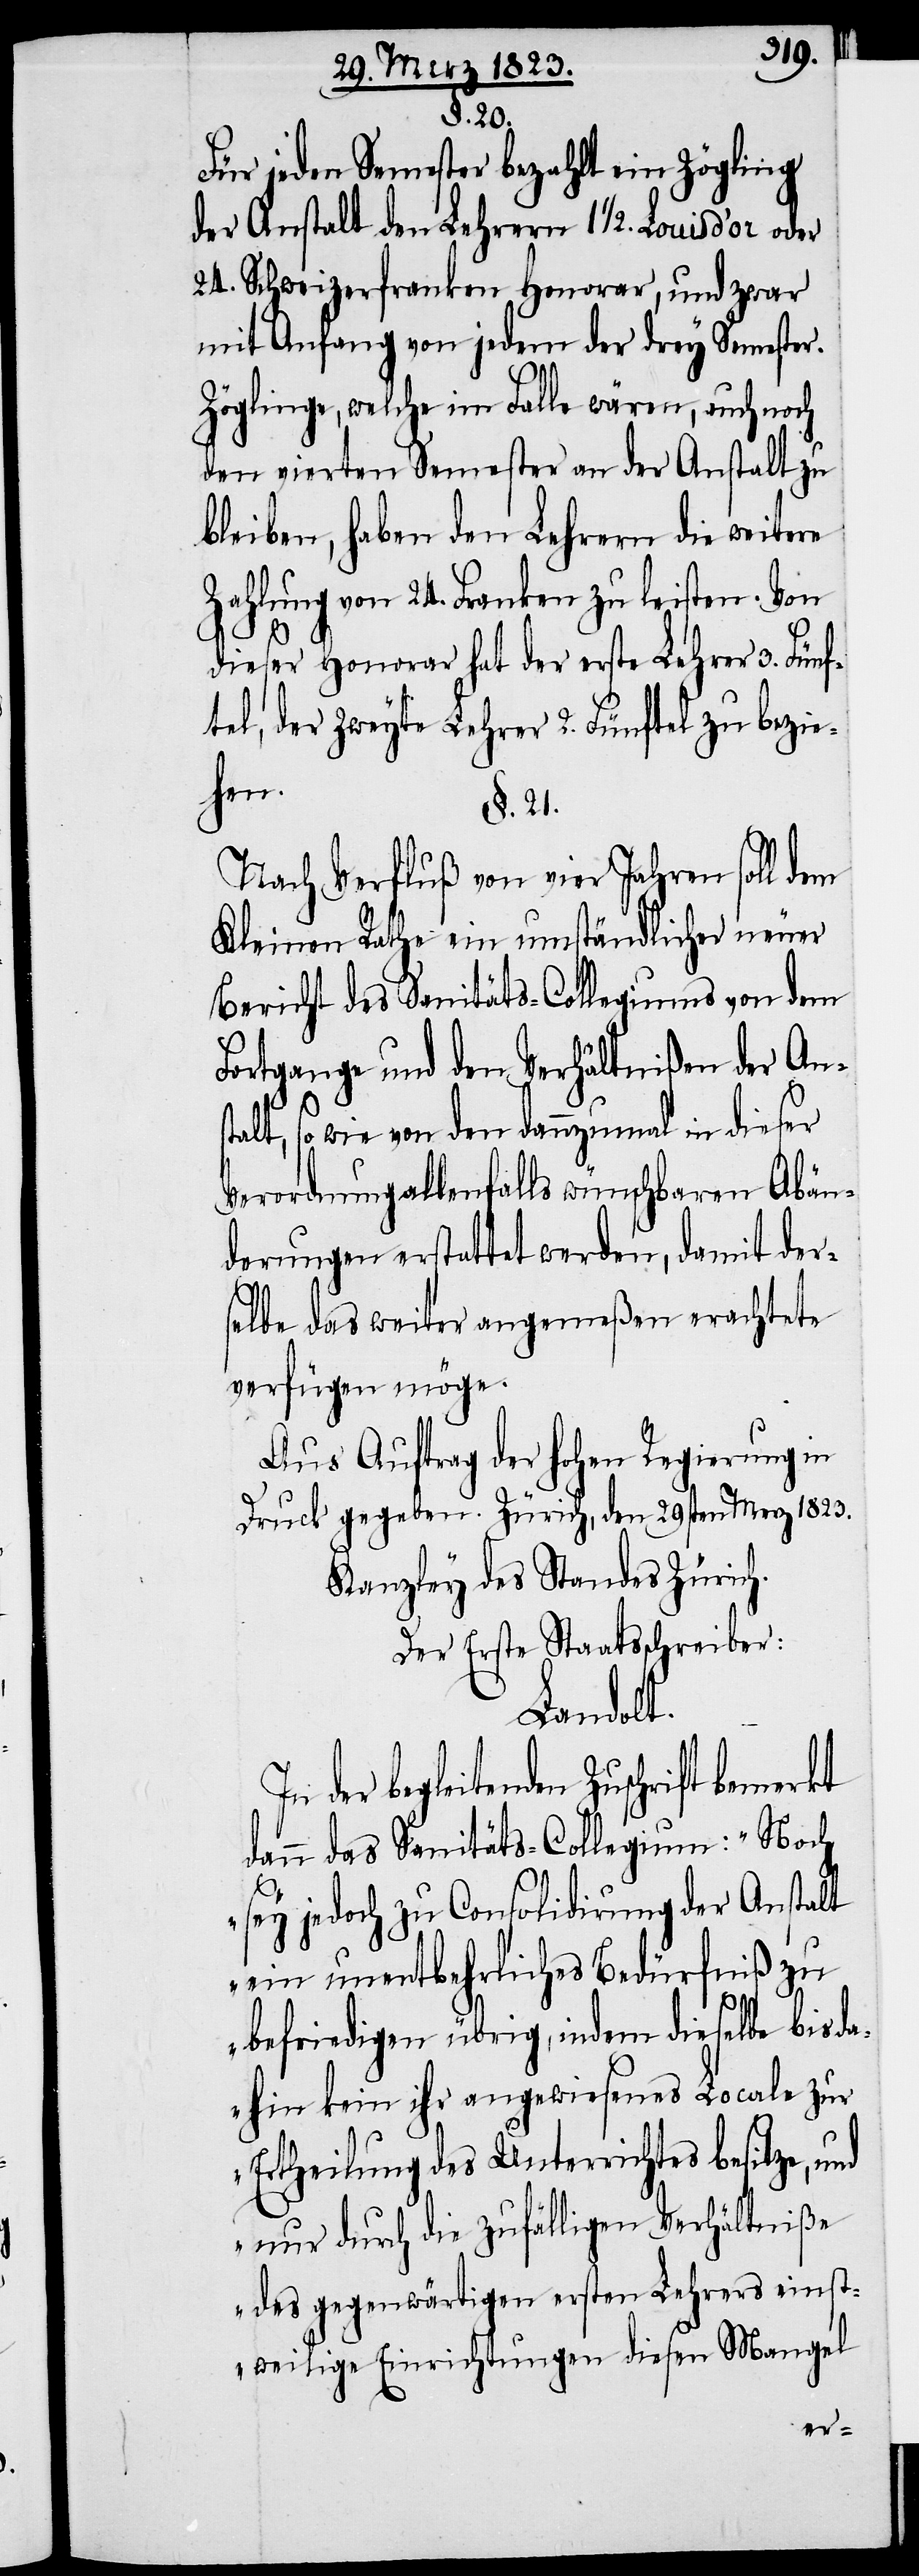
§. 20.
Für jeden Semester bezahlt ein Zögling
der Anstalt den Lehrern 1 1/2. Louis d’or
24. Schweizerfranken Honorar, und zwar
mit Anfang von jedem der drey Semester.
Zöglinge, welche im Falle wären, auch noch
den vierten Semester an der Anstalt zu
bleiben, haben den Lehrern die weitere
Zahlung von 24. Franken zu leisten. Von
dieser Honorar hat der erste Lehrer 3. Fünf¬
tel, der zweyte Lehrer 2. Fünftel zu bezie¬
hen.
§. 21.
Nach Verfluß von vier Jahren soll dem
Kleinen Rathe ein umständlicher neuer
Bericht des Sanitäts-Collegiums von dem
Fortgange und den Verhältnißen der Ans¬
talt, so wie von den dannzumal in dieser
Verordnung allenfalls wünschbaren Abän¬
derungen erstattet werden, damit der¬
selbe das weiter angemeßen erachtete
verfügen möge.
Aus Auftrag der hohen Regierung in
Druck gegeben. Zürich, den 29sten Merz 1823.
Kanzley des Standes Zürich.
Der Erste Staatsschreiber:
Landolt.
In der begleitenden Zuschrift
dann das Sanitäts-Collegium: „Noch
sey jedoch zu Consolidirung der Anstalt
ein unentbehrliches Bedürfniß zu
befriedigen übrig, indem dieselbe bisda¬
hin kein ihr angewiesenes Locale zur
Ertheilung des Unterrichtes besitze, und
nur durch die zufälligen Verhältniße
des gegenwärtigen ersten Lehrers einst¬
weilige Einrichtungen diesen Mangel